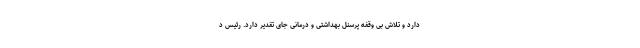
دارد و تلاش بی وقفه پرسنل بهداشتی و درمانی جای تقدیر دارد. رئیس د